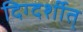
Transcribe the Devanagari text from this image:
दिग्दर्शीत्